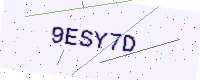
Text: 9ESY7D